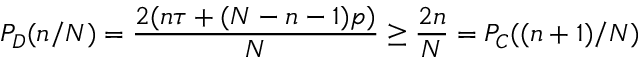
P _ { D } ( n / N ) = \frac { 2 ( n \tau + ( N - n - 1 ) p ) } { N } \geq \frac { 2 n } { N } = P _ { C } ( ( n + 1 ) / N )